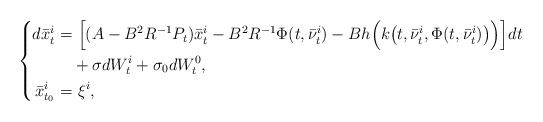
\begin{align*}\left\{\begin{aligned}d\bar{x}^i_t=&~\Big[(A-B^2R^{-1}P_t)\bar{x}^i_t-B^2R^{-1}\Phi(t,\bar{\nu}_t^i)-Bh\Big(k\big(t,\bar{\nu}_t^i,\Phi(t,\bar{\nu}_t^i)\big)\Big)\Big]dt\\&+\sigma dW_t^i+\sigma_0dW_t^0,\\\bar{x}^i_{t_0}=&~\xi^i,\end{aligned}\right.\end{align*}